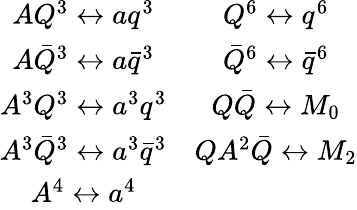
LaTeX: \begin{array}{cc}{{AQ^{3}\leftrightarrow aq^{3}}}&{{Q^{6}\leftrightarrow q^{6}}}\\ {{A\bar{Q}^{3}\leftrightarrow a\bar{q}^{3}}}&{{\bar{Q}^{6}\leftrightarrow\bar{q}^{6}}}\\ {{A^{3}Q^{3}\leftrightarrow a^{3}q^{3}}}&{{Q\bar{Q}\leftrightarrow M_{0}}}\\ {{A^{3}\bar{Q}^{3}\leftrightarrow a^{3}\bar{q}^{3}}}&{{QA^{2}\bar{Q}\leftrightarrow M_{2}}}\\ {{A^{4}\leftrightarrow a^{4}}}&{{}}\end{array}